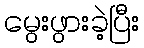
မွေးဖွားခဲ့ပြီး